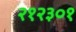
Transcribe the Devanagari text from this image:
२१२३०१